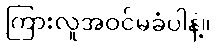
ကြားလူအဝင်မခံပါနဲ့။